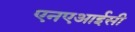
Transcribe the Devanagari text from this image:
एनएआईसी